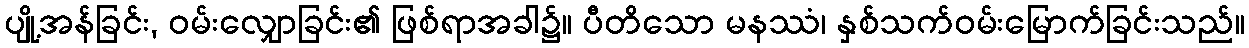
ပျို့အန်ခြင်း, ဝမ်းလျှောခြင်း၏ ဖြစ်ရာအခါ၌။ ပီတိသော မနဿံ၊ နှစ်သက်ဝမ်းမြောက်ခြင်းသည်။